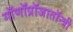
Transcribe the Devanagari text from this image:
गॉणॉप्रॉजातॉन्त्री